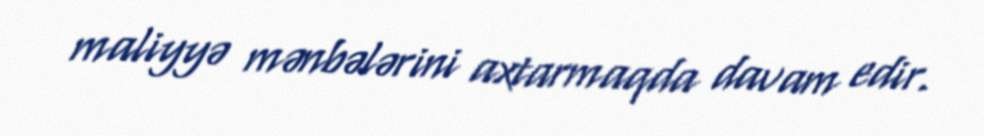
maliyyə mənbələrini axtarmaqda davam edir.